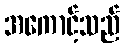
အကောင့်သည်